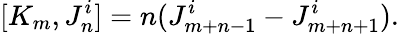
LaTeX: [K_{m},J_{n}^{i}]=n(J_{m+n-1}^{i}-J_{m+n+1}^{i}).